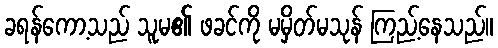
ခရန်ကော့သည် သူမ၏ ဖခင်ကို မမှိတ်မသုန် ကြည့်နေသည်။